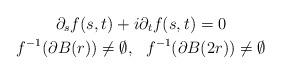
LaTeX: \begin{gather*}\partial_sf(s,t)+i\partial_tf(s,t)=0 \\f^{-1}(\partial B(r))\neq \emptyset, \ \ f^{-1}(\partial B(2r))\neq \emptyset\end{gather*}